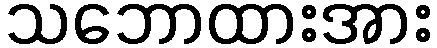
သဘောထားအား